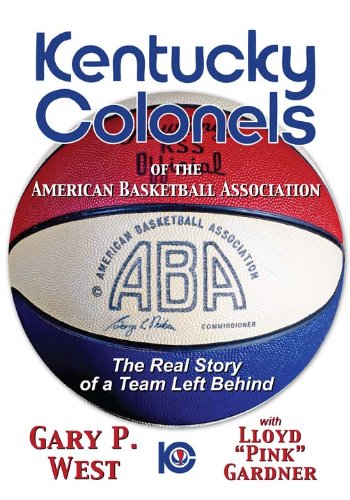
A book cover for Kentucky Colonels of the American Basketball Association: The Real Story of a Team Left Behind; Gary P. West; Biographies & Memoirs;